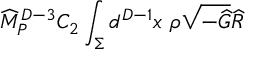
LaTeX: { \widehat M } _ { P } ^ { D - 3 } C _ { 2 } \int _ { \Sigma } d ^ { D - 1 } x ~ \rho \sqrt { - { \widehat G } } { \widehat R }